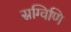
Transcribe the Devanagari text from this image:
स्रग्विणि